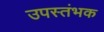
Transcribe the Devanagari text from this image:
उपस्तंभक